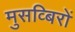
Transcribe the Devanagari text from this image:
मुसव्बिरों